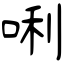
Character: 唎